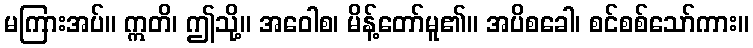
မကြားအပ်။ ဣတိ၊ ဤသို့။ အဝေါစ၊ မိန့်တော်မူ၏။ အပိစခေါ၊ စင်စစ်သော်ကား။